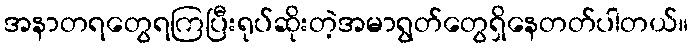
အနာတရတွေရကြပြီးရုပ်ဆိုးတဲ့အမာရွတ်တွေရှိနေတတ်ပါတယ်။